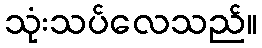
သုံးသပ်လေသည်။